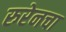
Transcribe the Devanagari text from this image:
रुरेनचा